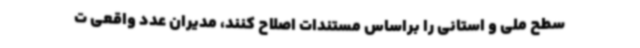
سطح ملی و استانی را براساس مستندات اصلاح کنند، مدیران عدد واقعی ت